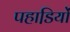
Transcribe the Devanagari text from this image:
पहाडि़यों